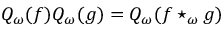
Q _ { \omega } ( f ) Q _ { \omega } ( g ) = Q _ { \omega } ( f \star _ { \omega } g )